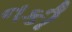
નકી